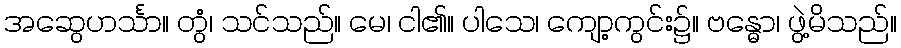
အဆွေဟင်္သာ။ တွံ၊ သင်သည်။ မေ၊ ငါ၏။ ပါသေ၊ ကျော့ကွင်း၌။ ဗန္ဓော၊ ဖွဲ့မိသည်။